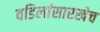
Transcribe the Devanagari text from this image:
वडिलांसारखेच